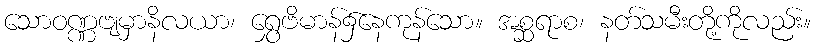
သောဝဏ္ဏဗျမှာနိလယာ၊ ရွှေဗိမာန်၌နေကုန်သော။ အစ္ဆရာစ၊ နတ်သမီးတို့ကိုလည်း။